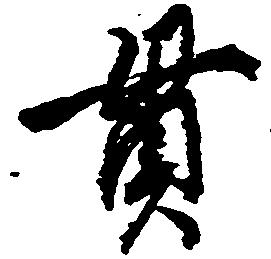
貫